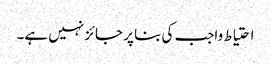
احتیاط واجب کی بنا پر جائز نہیں ہے۔